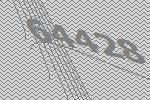
64428